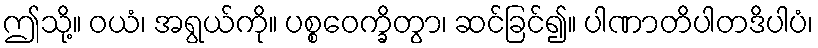
ဤသို့။ ဝယံ၊ အရွယ်ကို။ ပစ္စဝေက္ခိတွာ၊ ဆင်ခြင်၍။ ပါဏာတိပါတဒိပါပံ၊